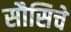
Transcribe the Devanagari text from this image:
सौसिचे